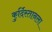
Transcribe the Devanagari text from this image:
कुर्दिस्तानला